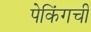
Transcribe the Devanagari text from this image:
पेकिंगची